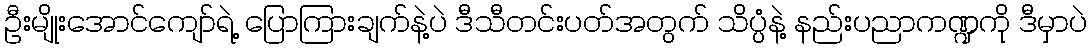
ဦးမျိုးအောင်ကျော်ရဲ့ ပြောကြားချက်နဲ့ပဲ ဒီသီတင်းပတ်အတွက် သိပ္ပံနဲ့ နည်းပညာကဏ္ဍကို ဒီမှာပဲ